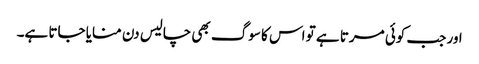
اور جب کوئی مرتا ہے تو اس کا سوگ بھی چالیس دن منایا جاتا ہے۔